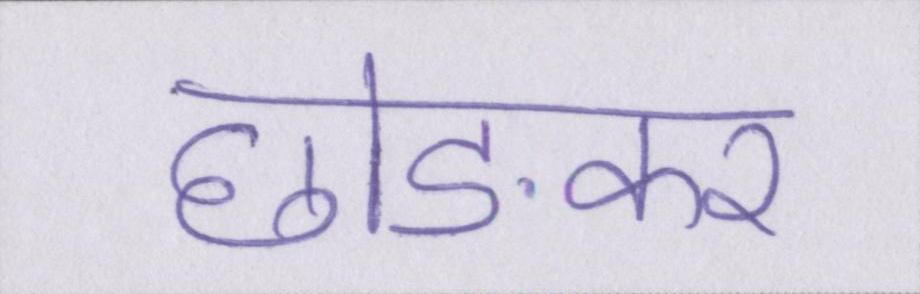
छोङकर